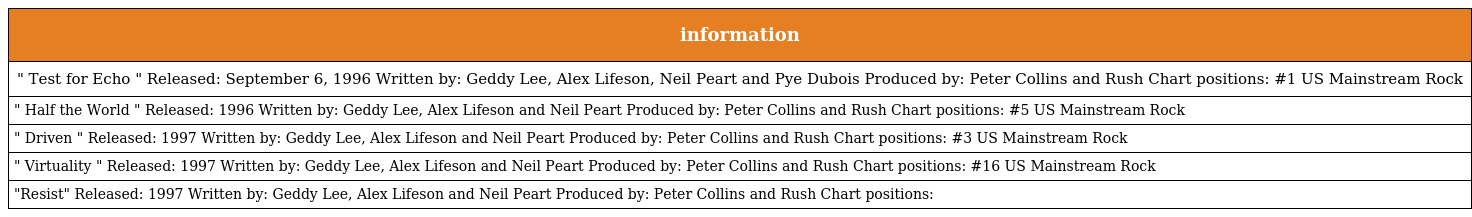
| information |
 | --- |
 | " Test for Echo " Released: September 6, 1996 Written by: Geddy Lee, Alex Lifeson, Neil Peart and Pye Dubois Produced by: Peter Collins and Rush Chart positions: #1 US Mainstream Rock |
 | " Half the World " Released: 1996 Written by: Geddy Lee, Alex Lifeson and Neil Peart Produced by: Peter Collins and Rush Chart positions: #5 US Mainstream Rock |
 | " Driven " Released: 1997 Written by: Geddy Lee, Alex Lifeson and Neil Peart Produced by: Peter Collins and Rush Chart positions: #3 US Mainstream Rock |
 | " Virtuality " Released: 1997 Written by: Geddy Lee, Alex Lifeson and Neil Peart Produced by: Peter Collins and Rush Chart positions: #16 US Mainstream Rock |
 | "Resist" Released: 1997 Written by: Geddy Lee, Alex Lifeson and Neil Peart Produced by: Peter Collins and Rush Chart positions: |